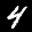
Label: 4